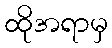
ထိုအရာမှ